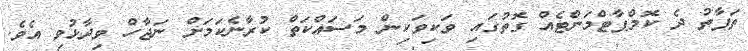
ތަފާތު ދެ ކޮމްޕާޓްމަންޓެއް ގޮތުގައި ވަކިވަކިން މަސައްކަތް ކުރާނެކަމަށް ނަޖާހް ވިދާޅުވި އެވެ.